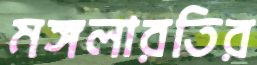
মঙ্গলারতির